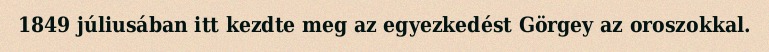
1849 júliusában itt kezdte meg az egyezkedést Görgey az oroszokkal.